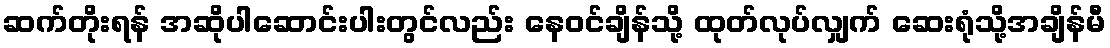
ဆက်တိုးရန် အဆိုပါဆောင်းပါးတွင်လည်း နေဝင်ချိန်သို့ ထုတ်လုပ်လျှက် ဆေးရုံသို့အချိန်မီ